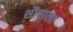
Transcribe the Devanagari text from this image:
शौचाला